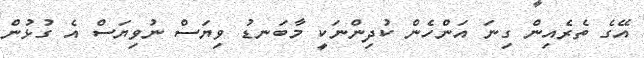
އޭގެ ތެރެއިން ގިނަ އަންހެން ކުދިންނަކީ މާބަނޑު ވިޔަސް ނުވިޔަސް އެ ގުޅުން